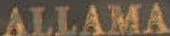
ALLAMA